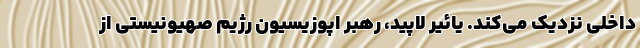
داخلی نزدیک می‌کند. یائیر لاپید، رهبر اپوزیسیون رژیم صهیونیستی از